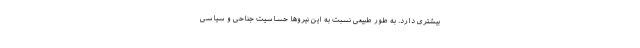
بیشتری دارد. به طور طبیعی نسبت به این نیروها حساسیت جناحی و سیاسی